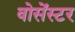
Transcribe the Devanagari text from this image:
वोसेंस्टर